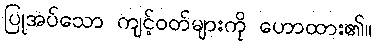
ပြုအပ်သော ကျင့်ဝတ်များကို ဟောထား၏။